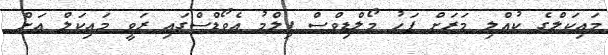
މައިކަލްގެ ކުއްލި މަރަށް ފަހު މޯލްޑިވްސް ފިލްމު އެވޯޑްސްގައި ރަވީ މައިކަލް އަށް